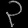
Digit: ၃